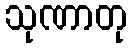
သုဏာတု